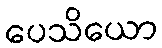
ပေသိယော